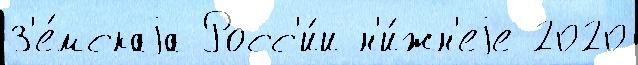
З'е́мскаjа Росс'и́и н'и́жн'еjе 2020